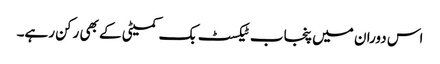
اس دوران میں پنجاب ٹیکسٹ بک کمیٹی کے بھی رکن رہے۔